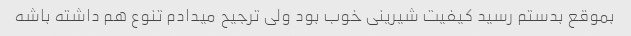
بموقع بدستم رسید کیفیت شیرینی خوب بود ولی ترجیح میدادم تنوع هم داشته باشه